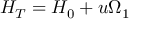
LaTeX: { \cal H } _ { T } = { \cal H } _ { 0 } + u \Omega _ { 1 }